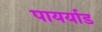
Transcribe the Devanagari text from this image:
पायर्याड